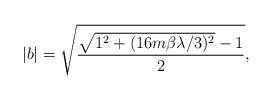
LaTeX: \begin{align*}|b|=\sqrt{\frac{\sqrt{1^{2}+(16m\beta \lambda /3)^{2}}-1}{2}},\end{align*}